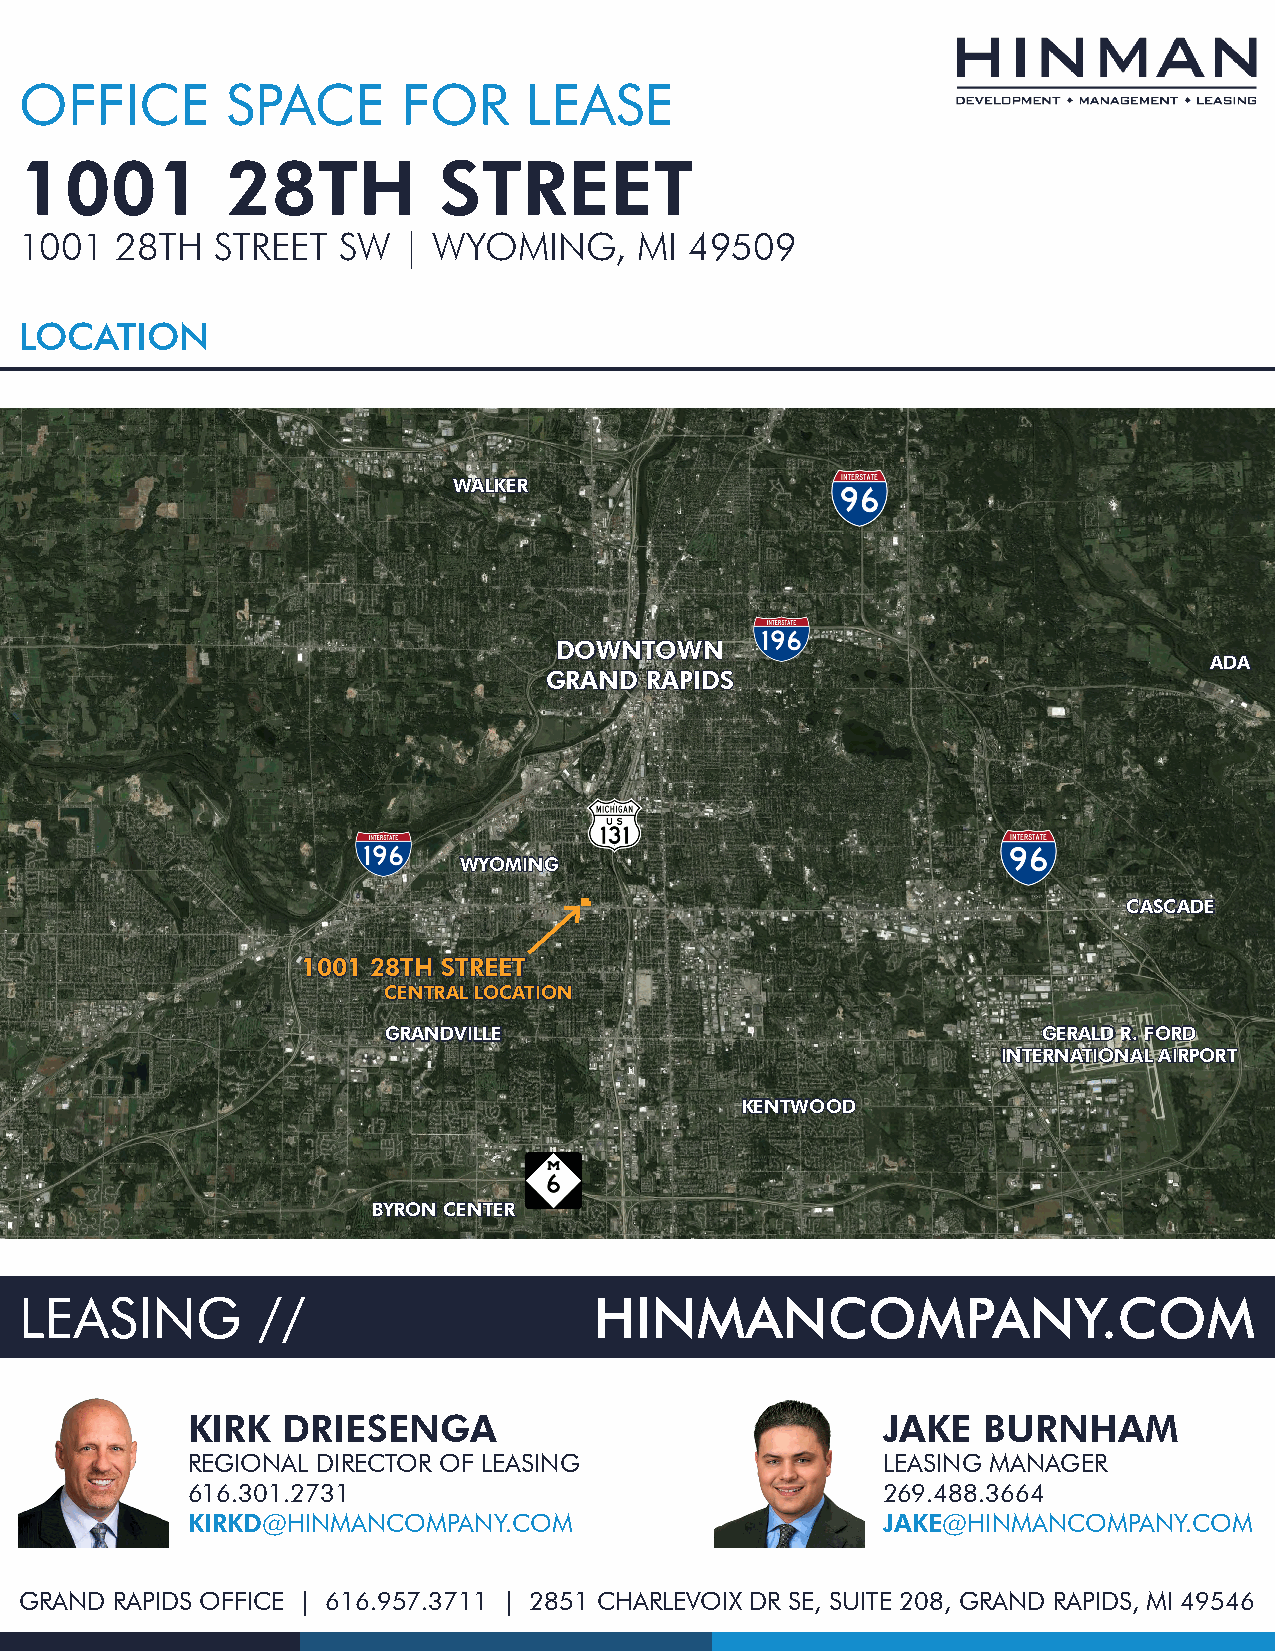
OFFICE        SPACE       FOR     LEASE
 1001          28TH          STREET
 1001   28TH  STREET  SW   | WYOMING,     MI  49509
 LOCATION
 WWAALLKKEERR
 DDOOWWNNTTOOWWNN
 AADDAA
 GGRRAANNDD RRAAPPIIDDSS
 WWYYOOMMIINNGG
 CCAASSCCAADDEE
 11000011 2288TTHH SSTTRREEEETT
 CCEENNTTRRAALL LLOOCCAATTIIOONN
 GGRRAANNDDVVIILLLLEE                       GGEERRAALLDD RR.. FFOORRDD
 IINNTTEERRNNAATTIIOONNAALL AAIIRRPPOORRTT
 KKEENNTTWWOOOODD
 BBYYRROONN CCEENNTTEERR
 LEASING         //                    HINMANCOMPANY.COM
 KIRK   DRIESENGA                              JAKE   BURNHAM
 REGIONAL DIRECTOR OF LEASING                  LEASING MANAGER
 616.301.2731                                  269.488.3664
 KIRKD@HINMANCOMPANY.COM                       JAKE@HINMANCOMPANY.COM
 GRAND RAPIDS OFFICE | 616.957.3711 | 2851 CHARLEVOIX DR SE, SUITE 208, GRAND RAPIDS, MI 49546